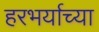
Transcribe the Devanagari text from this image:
हरभर्याच्या